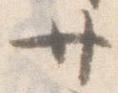
廿